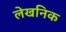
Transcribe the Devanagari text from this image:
लेखनिक